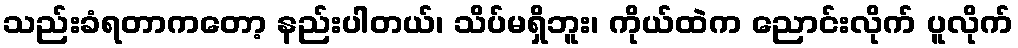
သည်းခံရတာကတော့ နည်းပါတယ်၊ သိပ်မရှိဘူး၊ ကိုယ်ထဲက ညောင်းလိုက် ပူလိုက်